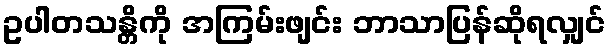
ဥပါတသန္တိကို အကြမ်းဖျင်း ဘာသာပြန်ဆိုရလျှင်